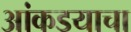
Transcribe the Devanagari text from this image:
आंकडयाचा